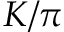
K / \pi